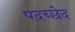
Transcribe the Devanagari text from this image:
पदच्‍छेद